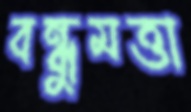
বন্ধুমত্তা